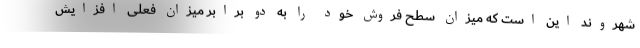
شهروند این است که میزان سطح فروش خود را به دو برابر میزان فعلی افزایش